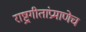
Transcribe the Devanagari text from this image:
राष्ट्रगीतांप्रमाणेच